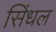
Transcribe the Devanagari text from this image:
सिंधल